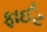
ફાઈટ